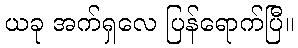
ယခု အက်ရှလေ ပြန်ရောက်ပြီ။